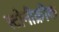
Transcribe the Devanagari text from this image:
स्टोनीक्रीक